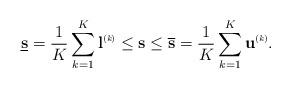
LaTeX: \begin{align*} \underline{\mathbf{s}} = \frac{1}{K}\sum_{k = 1}^K \mathbf{l}^{\mbox{\tiny \upshape (\itshape k\upshape)}} \leq \mathbf{s} \leq \overline{\mathbf{s}} = \frac{1}{K}\sum_{k = 1}^K \mathbf{u}^{\mbox{\tiny \upshape (\itshape k\upshape)}}.\end{align*}